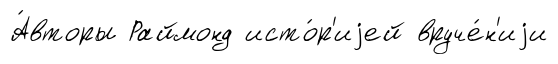
А́вторы Раймонд исто́р'иjей вруче́н'иjи